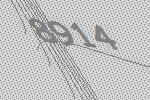
8914